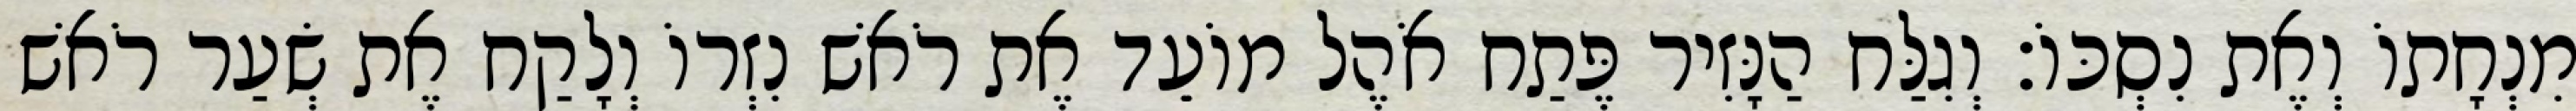
מִנְחָתוֹ וְאֶת נִסְכּוֹ׃ וְגִלַּח הַנָּזִיר פֶּתַח אֹהֶל מוֹעֵד אֶת רֹאשׁ נִזְרוֹ וְלָקַח אֶת שְׂעַר רֹאשׁ